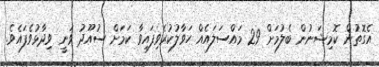
އެގޮތުން ކޮމިޝަނުން ބެލުމަށް 29 މައްސަލައެއް ހަވާލުކުރެވިފައިވާ ކަމަށް ސުއޫދު ވަނީ ވިދާޅުވެފައެވެ.